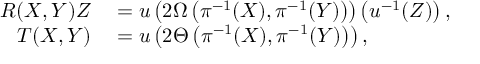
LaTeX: \begin{array} { r l } { R ( X , Y ) Z } & { { } = u \left( 2 \Omega \left( \pi ^ { - 1 } ( X ) , \pi ^ { - 1 } ( Y ) \right) \right) \left( u ^ { - 1 } ( Z ) \right) , } \\ { T ( X , Y ) } & { { } = u \left( 2 \Theta \left( \pi ^ { - 1 } ( X ) , \pi ^ { - 1 } ( Y ) \right) \right) , } \end{array}